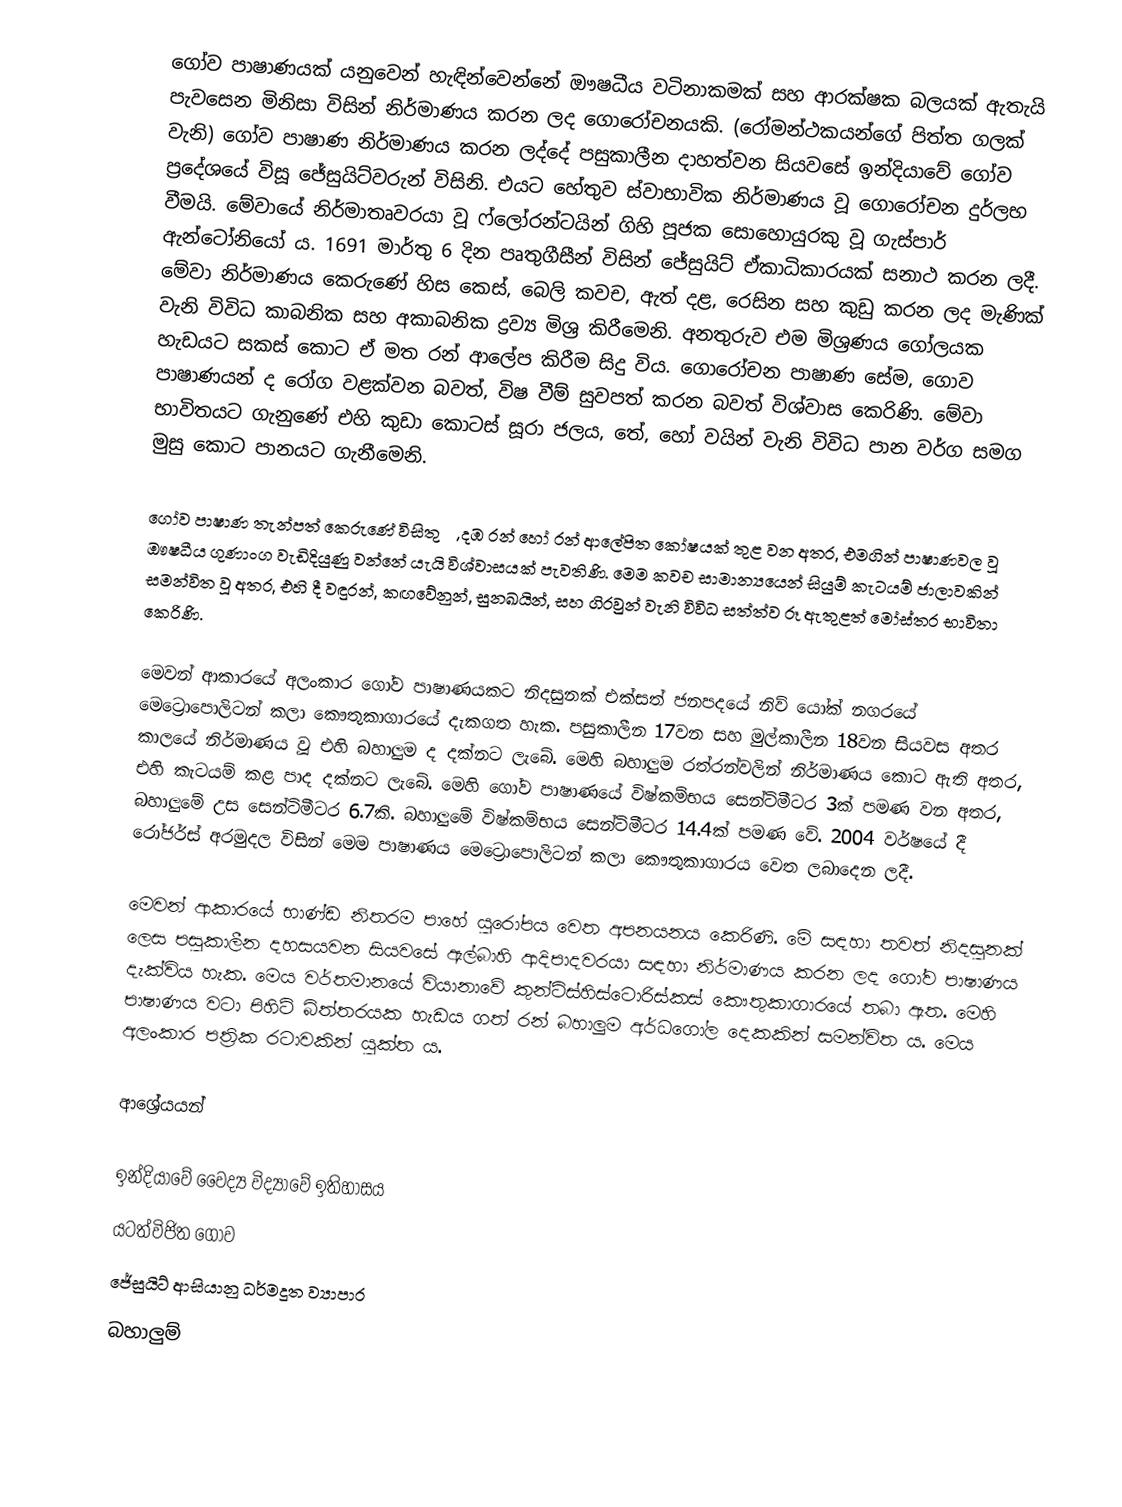
ගෝව පාෂාණයක් යනුවෙන් හැඳින්වෙන්නේ ඖෂධීය වටිනාකමක් සහ ආරක්ෂක බලයක් ඇතැයි පැවසෙන මිනිසා විසින් නිර්මාණය කරන ලද ගොරෝචනයකි. (රෝමන්ථකයන්ගේ පිත්ත ගලක් වැනි) ගෝව පාෂාණ නිර්මාණය කරන ලද්දේ පසුකාලීන දාහත්වන සියවසේ ඉන්දියාවේ ගෝව ප්‍රදේශයේ විසූ ජේසුයිට්වරුන් විසිනි. එයට හේතුව ස්වාභාවික නිර්මාණය වූ ගොරෝචන දුර්ලභ වීමයි. මේවායේ නිර්මාතෘවරයා වූ ෆ්ලෝරන්ටයින් ගිහි පූජක සොහොයුරකු වූ ගැස්පාර් ඇන්ටෝනියෝ ය. 1691 මාර්තු 6 දින පෘතුගීසීන් විසින් ජේසුයිට් ඒකාධිකාරයක් සනාථ කරන ලදී. මේවා නිර්මාණය කෙරුණේ හිස කෙස්, බෙලි කවච, ඇත් දළ, රෙසින සහ කුඩු කරන ලද මැණික් වැනි විවිධ කාබනික සහ අකාබනික ද්‍රව්‍ය මිශ්‍ර කිරීමෙනි. අනතුරුව එම මිශ්‍රණය ගෝලයක හැඩයට සකස් කොට ඒ මත රන් ආලේප කිරීම සිදු විය. ගොරෝචන පාෂාණ සේම, ගොව පාෂාණයන් ද රෝග වළක්වන බවත්, විෂ වීම් සුවපත් කරන බවත් විශ්වාස කෙරිණි. මේවා භාවිතයට ගැනුණේ එහි කුඩා කොටස් සූරා ජලය, තේ, හෝ වයින් වැනි විවිධ පාන වර්ග සමග මුසු කොට පානයට ගැනීමෙනි.

ගෝව පාෂාණ තැන්පත් කෙරුණේ විසිතුරු, දඹ රන් හෝ රන් ආලේපිත කෝෂයක් තුළ වන අතර, එමගින් පාෂාණවල වූ ඖෂධීය ගුණාංග වැඩිදියුණු වන්නේ යැයි විශ්වාසයක් පැවතිණි. මෙම කවච සාමාන්‍යයෙන් සියුම් කැටයම් ජාලාවකින් සමන්විත වූ අතර, එහි දී වඳුරන්, කඟවේනුන්, සුනඛයින්, සහ ගිරවුන් වැනි විවිධ සත්ත්ව රූ ඇතුළත් මෝස්තර භාවිතා කෙරිණි.

මෙවන් ආකාරයේ අලංකාර ගෝව පාෂාණයකට නිදසුනක් එක්සත් ජනපදයේ නිව් යෝක් නගරයේ මෙට්‍රොපොලිටන් කලා කෞතුකාගාරයේ දැකගත හැක. පසුකාලීන 17වන සහ මුල්කාලීන 18වන සියවස අතර කාලයේ නිර්මාණය වූ එහි බහාලුම ද දක්නට ලැබේ. මෙහි බහාලුම රත්රන්වලින් නිර්මාණය කොට ඇති අතර, එහි කැටයම් කළ පාද දක්නට ලැබේ. මෙහි ගෝව පාෂාණයේ විෂ්කම්භය සෙන්ටිමීටර 3ක් පමණ වන අතර, බහාලුමේ උස සෙන්ටිමීටර 6.7කි‍. බහාලුමේ විෂ්කම්භය සෙන්ටිමීටර 14.4ක් පමණ වේ. 2004 වර්ෂයේ දී රෝජර්ස් අරමුදල විසින් මෙම පාෂාණය මෙට්‍රොපොලිටන් කලා කෞතුකාගාරය වෙත ලබාදෙන ලදී.

මෙවන් ආකාරයේ භාණ්ඩ නිතරම පාහේ යුරෝපය වෙත අපනයනය කෙරිණි. මේ සඳහා තවත් නිදසුනක් ලෙස පසුකාලීන දහසයවන සියවසේ ඇල්බාහි ආදිපාදවරයා සඳහා නිර්මාණය කරන ලද ගෝව පාෂාණය දැක්විය හැක. මෙය වර්තමානයේ වියානාවේ කුන්ට්ස්හිස්ටොරිස්කස් කෞතුකාගාරයේ තබා ඇත. මෙහි පාෂාණය වටා පිහිටි බිත්තරයක හැඩය ගත් රන් බහාලුම අර්ධ‍ගෝල දෙකකින් සමන්විත ය. මෙය අලංකාර පත්‍රික රටාවකින් යුක්ත ය.

ආශ්‍රේයයන්

ඉන්දියාවේ වෛද්‍ය විද්‍යාවේ ඉතිහාසය
යටත්විජිත ‍ගෝව
ජේසුයිට් ආසියානු ධර්මදූත ව්‍යාපාර
බහාලුම්